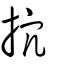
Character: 抭